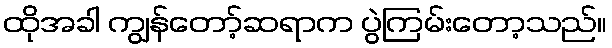
ထိုအခါ ကျွန်တော့်ဆရာက ပွဲကြမ်းတော့သည်။